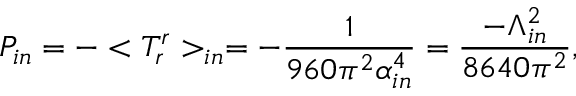
P _ { i n } = - < T _ { r } ^ { r } > _ { i n } = - \frac { 1 } { 9 6 0 \pi ^ { 2 } \alpha _ { i n } ^ { 4 } } = \frac { - \Lambda _ { i n } ^ { 2 } } { 8 6 4 0 \pi ^ { 2 } } ,